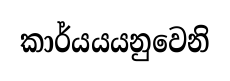
කාර්යයයනුවෙනි